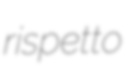
rispetto